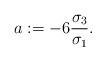
LaTeX: \begin{align*} a:=-6\frac{\sigma_3}{\sigma_1}. \end{align*}